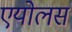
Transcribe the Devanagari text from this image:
एयोलस